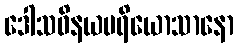
ဒေါသဝိနယပရိယောသာနော